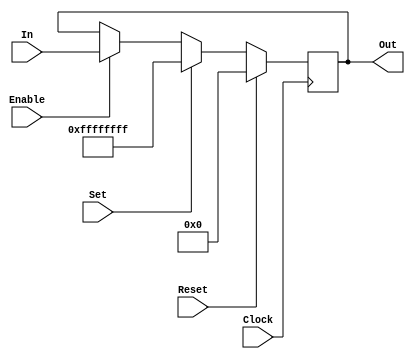
//==============================================================================
// Version: $Revision: 26904 $
// Copyright:  Copyright 2003-2010 UC Berkeley
//==============================================================================

//==============================================================================
// Section: License
//==============================================================================
// Copyright (c) 2003-2010, Regents of the University of California
// All rights reserved.
//
// Redistribution and use in source and binary forms, with or without modification,
// are permitted provided that the following conditions are met:
//
//    - Redistributions of source code must retain the above copyright notice,
//       this list of conditions and the following disclaimer.
//    - Redistributions in binary form must reproduce the above copyright
//       notice, this list of conditions and the following disclaimer
//       in the documentation and/or other materials provided with the
//       distribution.
//    - Neither the name of the University of California, Berkeley nor the
//       names of its contributors may be used to endorse or promote
//       products derived from this software without specific prior
//       written permission.
//
// THIS SOFTWARE IS PROVIDED BY THE COPYRIGHT HOLDERS AND CONTRIBUTORS "AS IS" AND
// ANY EXPRESS OR IMPLIED WARRANTIES, INCLUDING, BUT NOT LIMITED TO, THE IMPLIED
// WARRANTIES OF MERCHANTABILITY AND FITNESS FOR A PARTICULAR PURPOSE ARE
// DISCLAIMED. IN NO EVENT SHALL THE COPYRIGHT OWNER OR CONTRIBUTORS BE LIABLE FOR
// ANY DIRECT, INDIRECT, INCIDENTAL, SPECIAL, EXEMPLARY, OR CONSEQUENTIAL DAMAGES
// (INCLUDING, BUT NOT LIMITED TO, PROCUREMENT OF SUBSTITUTE GOODS OR SERVICES;
// LOSS OF USE, DATA, OR PROFITS; OR BUSINESS INTERRUPTION) HOWEVER CAUSED AND ON
// ANY THEORY OF LIABILITY, WHETHER IN CONTRACT, STRICT LIABILITY, OR TORT
// (INCLUDING NEGLIGENCE OR OTHERWISE) ARISING IN ANY WAY OUT OF THE USE OF THIS
// SOFTWARE, EVEN IF ADVISED OF THE POSSIBILITY OF SUCH DAMAGE.
//==============================================================================

//------------------------------------------------------------------------------
// Module:     Register
// Desc:    If you don't know, I can't help you.
// Version: $Revision: 26904 $
//------------------------------------------------------------------------------
module   Register(Clock, Reset, Set, Enable, In, Out);
   //--------------------------------------------------------------------------
   // Parameters
   //--------------------------------------------------------------------------
   parameter         Width      =          32,
                     Initial    = {Width{1'bx}},
                     AsyncReset =           0,
                     AsyncSet   =           0,
                     ResetValue = {Width{1'b0}},
                     SetValue   = {Width{1'b1}};
   //--------------------------------------------------------------------------

   //--------------------------------------------------------------------------
   // Inputs & Outputs
   //--------------------------------------------------------------------------
   input             Clock, Enable, Reset, Set;
   input [Width-1:0]    In;
   output reg [Width-1:0]  Out =             Initial;
   //--------------------------------------------------------------------------
   
   //--------------------------------------------------------------------------
   // Behavioral Register
   //--------------------------------------------------------------------------
   generate if (AsyncReset) begin:AR
      if (AsyncSet) begin:AS
         always @ (posedge Clock or posedge Reset or posedge Set) begin
            if (Reset) Out <=             ResetValue;
            else if (Set) Out <=          SetValue;
            else if (Enable) Out <=          In;
         end
      end else begin:SS
         always @ (posedge Clock or posedge Reset) begin
            if (Reset) Out <=             ResetValue;
            else if (Set) Out <=          SetValue;
            else if (Enable) Out <=          In;
         end
      end
   end else begin:SR
      if (AsyncSet) begin:AS
         always @ (posedge Clock or posedge Set) begin
            if (Reset) Out <=             ResetValue;
            else if (Set) Out <=          SetValue;
            else if (Enable) Out <=          In;
         end
      end else begin:SS
         always @ (posedge Clock) begin
            if (Reset) Out <=             ResetValue;
            else if (Set) Out <=          SetValue;
            else if (Enable) Out <=          In;
         end
      end
   end endgenerate
   //--------------------------------------------------------------------------
endmodule
//------------------------------------------------------------------------------